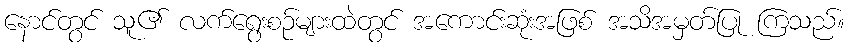
နောင်တွင် သူ၏ လက်ရွေးစဉ်များထဲတွင် အကောင်းဆုံးအဖြစ် အသိအမှတ်ပြု ကြသည်။